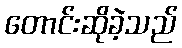
တောင်းဆိုခဲ့သည်